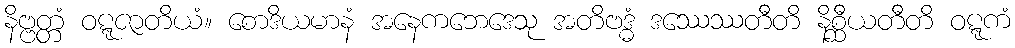
နိဗ္ဗတ္တံ ဝဋ္ဋဇာတိယံ။ စောဒိယမာနံ အနေကဘေဒေသု အတိဗဒ္ဓံ ဒဿေဿတီတိ နိစ္ဆီယတီတိ ဝဋ္ဋကံ